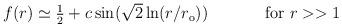
LaTeX: \begin{align*}\begin{array}{cc}f(r)\simeq \textstyle{\frac{1}{2}}+c\sin (\sqrt{2}\ln(r/r_{\rm{o}}))~~~~&~~~~\mbox{for}~r>>1\end{array}\end{align*}